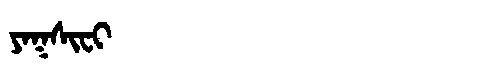
Manchu: ᠶᠠᡴᠰᡳᠸᡳ
Romanization: YAKSIFI